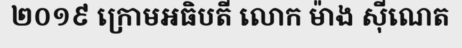
២០១៩ ក្រោមអធិបតី លោក ម៉ាង ស៊ីណេត